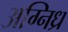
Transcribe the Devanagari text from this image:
अग्निध्र